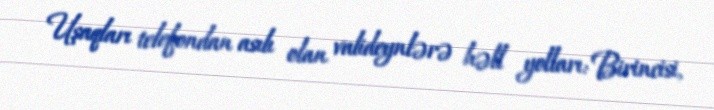
Uşaqları telefondan asılı olan valideynlərə həll yolları: Birincisi,